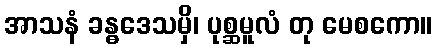
အာသနံ ခန္ဓဒေသမှိ၊ ပုစ္ဆမူလံ တု မေစကော။